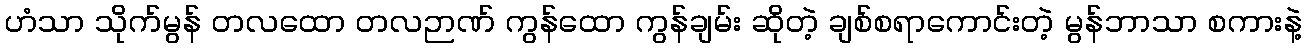
ဟံသာ သိုက်မွန် တလထော တလဉာဏ် ကွန်ထော ကွန်ချမ်း ဆိုတဲ့ ချစ်စရာကောင်းတဲ့ မွန်ဘာသာ စကားနဲ့